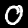
Label: 0